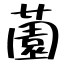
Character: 薗